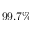
9 9 . 7 \%